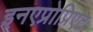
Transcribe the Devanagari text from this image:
इनएप्रोप्रिएट